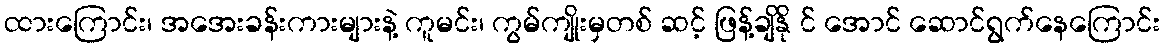
ထားကြောင်း၊ အအေးခန်းကားများနဲ့ ကူမင်း၊ ကွမ်ကျိုးမှတစ် ဆင့် ဖြန့်ချိနို င် အောင် ဆောင်ရွက်နေကြောင်း